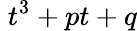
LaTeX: \; t^{3}+pt+q